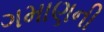
ગમાણની